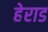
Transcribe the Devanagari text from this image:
हेराड